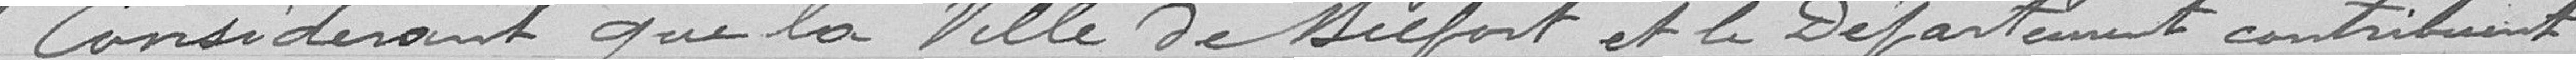
Considérant que la Ville de Belfort et le Département contribuent